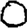
Digit: 0